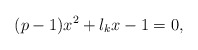
\begin{align*}(p-1)x^2+\l_k x-1=0,\end{align*}